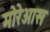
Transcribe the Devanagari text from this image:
मोरेआस